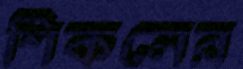
শিকলের